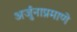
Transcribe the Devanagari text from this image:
अर्जुनाप्रमाणे